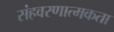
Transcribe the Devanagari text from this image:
संहवरणात्मकता